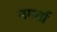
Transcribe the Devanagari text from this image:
नमर्ता